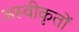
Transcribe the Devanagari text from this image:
अस्‍वीकृतों